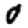
Digit: 0